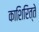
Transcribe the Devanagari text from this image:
काशिरित्ते